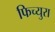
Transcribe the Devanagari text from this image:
फिच्युरा